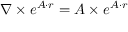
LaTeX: \nabla \times e ^ { A \cdot r } = A \times e ^ { A \cdot r }